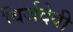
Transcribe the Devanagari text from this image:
विर्जदेवी